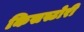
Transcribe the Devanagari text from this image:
किसस्टोरी